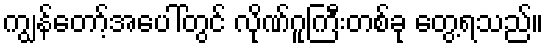
ကျွန်တော့်အပေါ်တွင် လိုဏ်ဂူကြီးတစ်ခု တွေ့ရသည်။